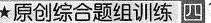
★ 原创综合题组训练四